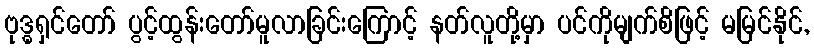
ဗုဒ္ဓရှင်တော် ပွင့်ထွန်းတော်မူလာခြင်းကြောင့် နတ်လူတို့မှာ ပင်ကိုမျက်စိဖြင့် မမြင်နိုင်,